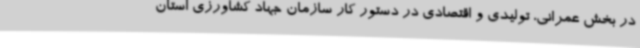
در بخش عمرانی، تولیدی و اقتصادی در دستور کار سازمان جهاد کشاورزی استان